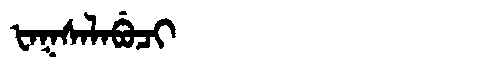
Manchu: ᡶᠠᡴᠰᠠᠯᠠᠪᡠᠴᡳ
Romanization: FAKSALABUCI